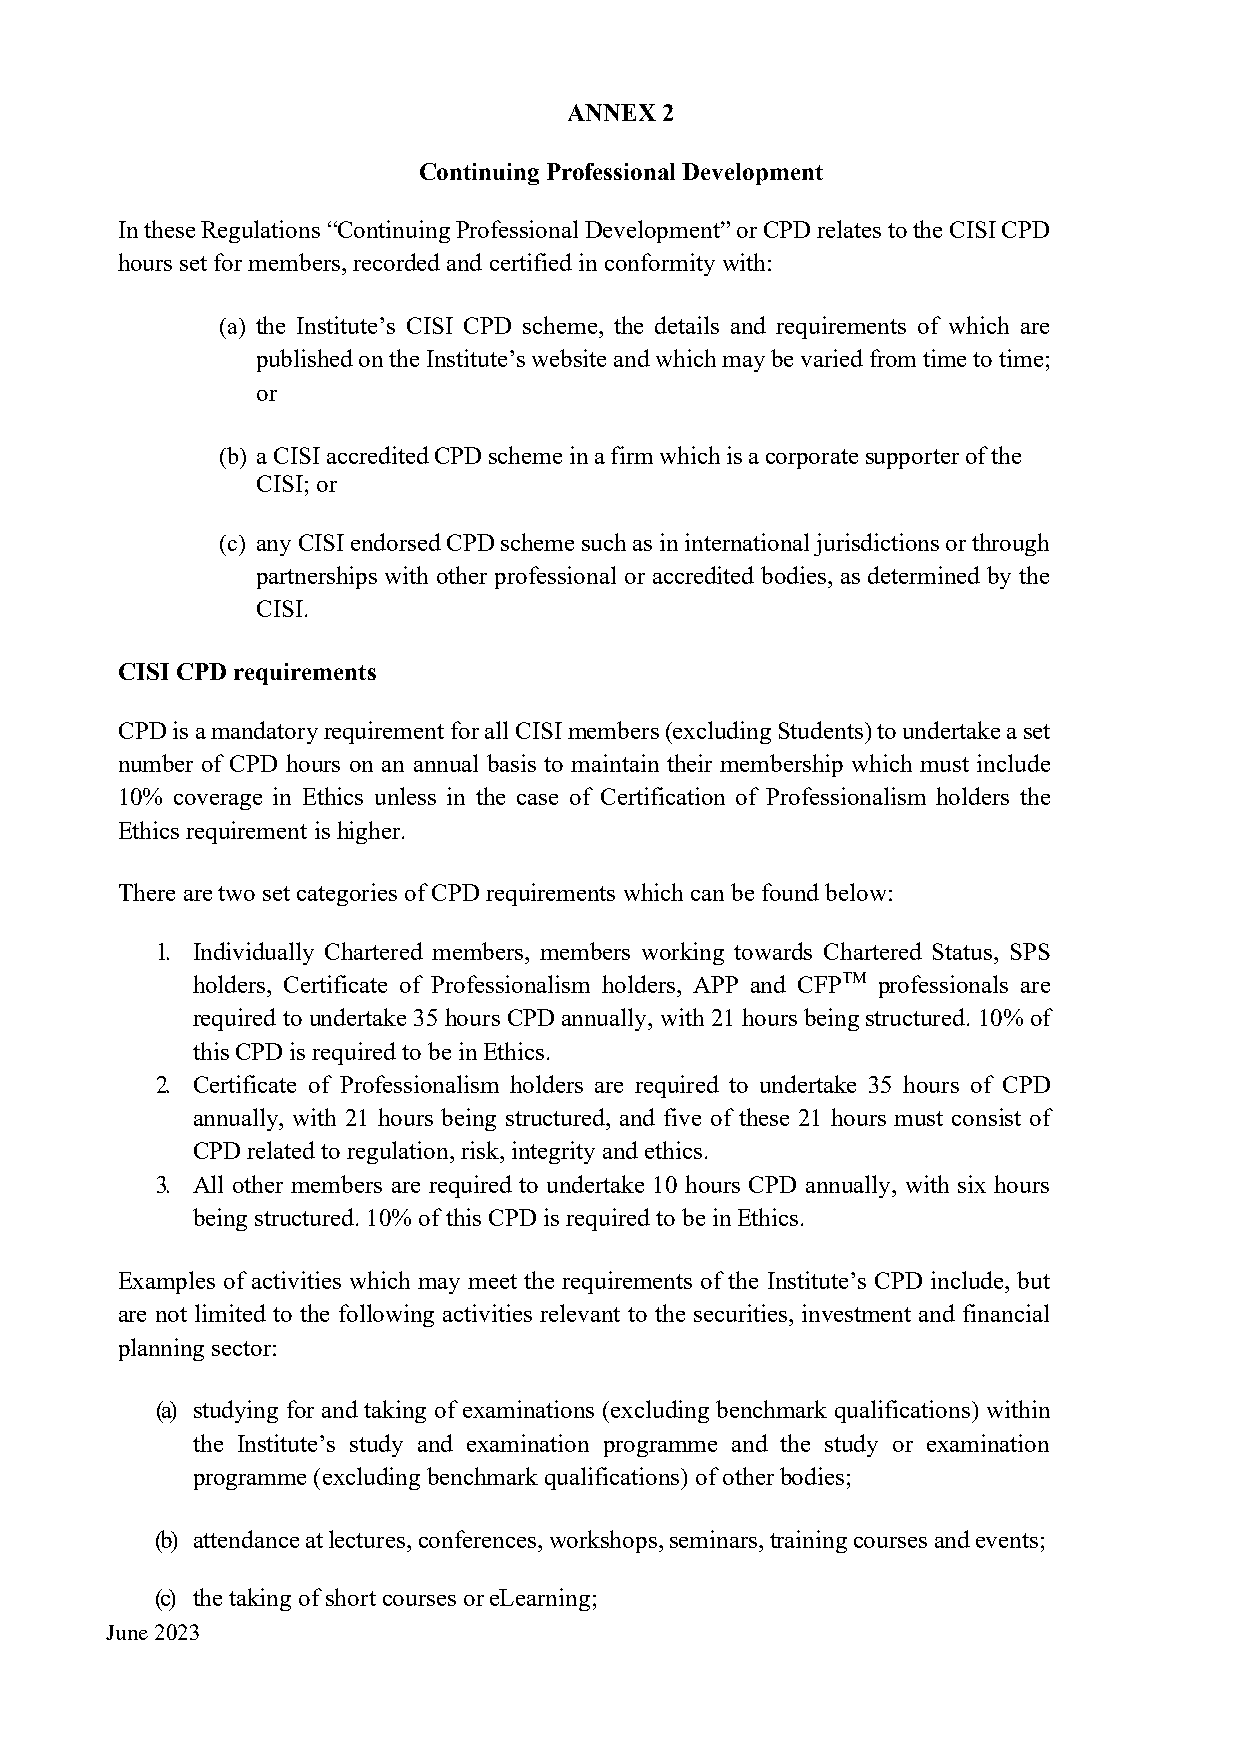
ANNEX 2
 Continuing Professional Development
 In these Regulations “Continuing Professional Development” or CPD relates to the CISI CPD
 hours set for members, recorded and certified in conformity with:
 (a) the Institute’s CISI CPD scheme, the details and requirements of which are
 published on the Institute’s website and which may be varied from time to time;
 or
 (b) a CISI accredited CPD scheme in a firm which is a corporate supporter of the
 CISI; or
 (c) any CISI endorsed CPD scheme such as in international jurisdictions or through
 partnerships with other professional or accredited bodies, as determined by the
 CISI.
 CISI CPD requirements
 CPD is a mandatory requirement for all CISI members (excluding Students) to undertake a set
 number of CPD hours on an annual basis to maintain their membership which must include
 10% coverage in Ethics unless in the case of Certification of Professionalism holders the
 Ethics requirement is higher.
 There are two set categories of CPD requirements which can be found below:
 1. Individually Chartered members, members working towards Chartered Status, SPS
 holders, Certificate of Professionalism holders, APP and CFPTM professionals are
 required to undertake 35 hours CPD annually, with 21 hours being structured. 10% of
 this CPD is required to be in Ethics.
 2. Certificate of Professionalism holders are required to undertake 35 hours of CPD
 annually, with 21 hours being structured, and five of these 21 hours must consist of
 CPD related to regulation, risk, integrity and ethics.
 3. All other members are required to undertake 10 hours CPD annually, with six hours
 being structured. 10% of this CPD is required to be in Ethics.
 Examples of activities which may meet the requirements of the Institute’s CPD include, but
 are not limited to the following activities relevant to the securities, investment and financial
 planning sector:
 (a) studying for and taking of examinations (excluding benchmark qualifications) within
 the Institute’s study and examination programme and the study or examination
 programme (excluding benchmark qualifications) of other bodies;
 (b) attendance at lectures, conferences, workshops, seminars, training courses and events;
 (c) the taking of short courses or eLearning;
 June 2023